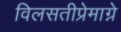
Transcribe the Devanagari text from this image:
विलसतीप्रेमाग्ने